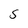
Character: S